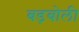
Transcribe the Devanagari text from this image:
बड़बोली